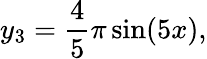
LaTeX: y_{3}=\frac{4}{5}\pi\sin(5x),